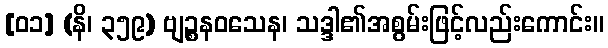
[၀၁] (နိ၊ ၃၅၉) ဗျဉ္စနဝသေန၊ သဒ္ဒါ၏အစွမ်းဖြင့်လည်းကောင်း။